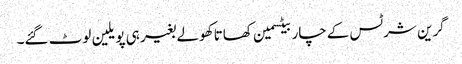
گرین شرٹس کےچار بیٹسمین کھاتا کھولے بغیر ہی پویلین لوٹ گئے۔